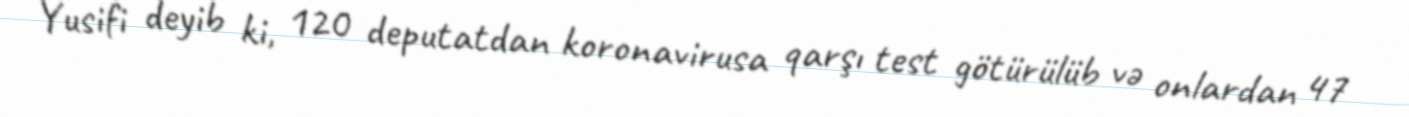
Yusifi deyib ki, 120 deputatdan koronavirusa qarşı test götürülüb və onlardan 47